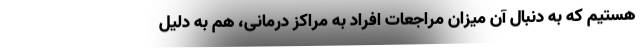
هستیم که به دنبال آن میزان مراجعات افراد به مراکز درمانی، هم به دلیل